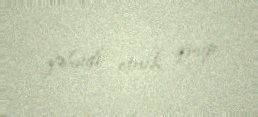
yəhudi etnik qrup.